Medical and sanitary report of the native army of Madras for the year
Year: 1872
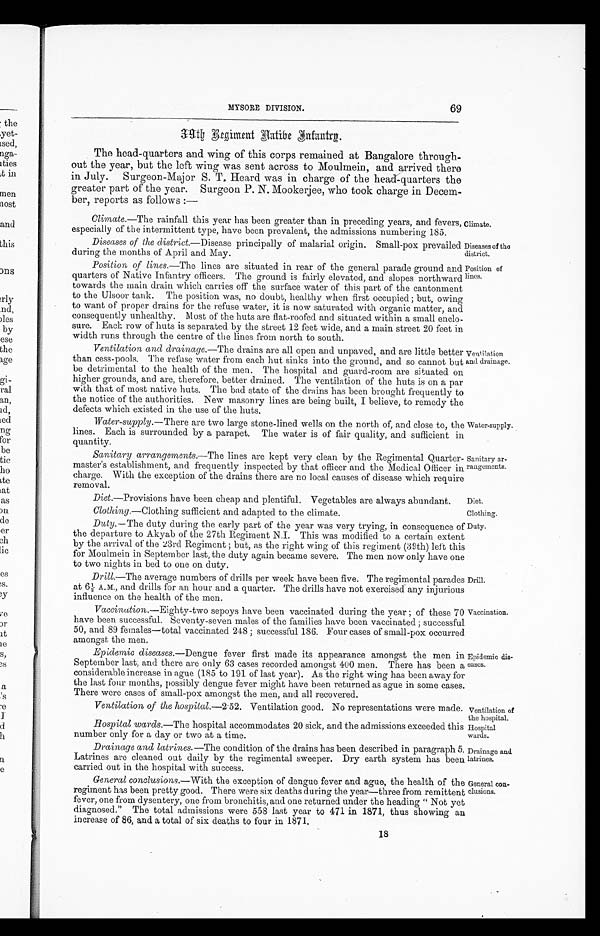
69
MYSORE DIVISION.
39th Regiment Native Infantrys.
The head-quarters and wing of this corps remained at Bangalore through--
out the year, but the left wing was sent across to Moulmein, and arrived there
in July. Surgeon-Major S. T. Heard was in charge of the head-quarters the
greater part of the year. Surgeon P. N. Mookerjee, who took charge in Decem--
ber, reports as follows :—
Climate .—The rainfall this year has been greater than in preceding years, and fevers,
especially of the intermittent type, have been prevalent, the admissions numbering 185.
Diseases of the district .—Disease principally of malarial origin. Small-pox prevailed
during the months of April and May.
Climate.
Diseases of the
district.
Position of lines .—The lines are situated in rear of the general parade ground and
quarters of Native Infantry officers. The ground is fairly elevated, and slopes northward
towards the main drain which carries off the surface water of this part of the cantonment
to the Ulsoor tank. The position was, no doubt, healthy when first occupied ; but, owing
to want of proper drains for the refuse water, it is now saturated with organic matter, and
consequently unhealthy. Most of the huts are flat-roofed and situated within a small enclo
-sure. Each row of huts is separated by the street 12 feet wide, and a main street 20 feet in
width runs through the centre of the lines from north to south.
Ventilation and drainage .—The drains are all open and unpaved, and are little better
than cess-pools. The refuse water from each hut sinks into the ground, and so cannot but
be detrimental to the health of the men. The hospital and guard-room are situated on
higher grounds, and are, therefore, better drained. The ventilation of the huts is on a par
with that of most native huts. The bad state of the drains has been brought frequently to
the notice of the authorities. New masonry lines are being built, I believe, to remedy the
defects which existed in the use of the huts.
Position of
lines.
Ventilation
and drainage.
Water-supply .—There are two large stone-lined wells on the north of, and close to, the
lines. Each is surrounded by a parapet. The water is of fair quality, and sufficient in
quantity.
Sanitary arrangements .—The lines are kept very clean by the Regimental Quarter-
master's establishment, and frequently inspected by that officer and t ħ e Medical Officer
in charge. With the exception. of the drains there are no local causes of disease which require
removal.
Diet.— Provisions have been cheap and plentiful. Vegetables are always abundant.
Water-supply.
Sanitary ar
-rangements.
Diet.
Clothing .—Clothing sufficient and adapted to the climate.
Clothing.
Duty .— The duty during the early part of the year was very trying, in consequence of
the departure to Akyab of the 27th Regiment N.I. This was modified to a certain extent
by the arrival of the 23rd Regiment ; but, as the right wing of this regiment (39th) left this
for Moulmein in September last, the duty again became severe. The men now only have one
to two nights in bed to one on duty.
Drill .—The average numbers of drills per week have been five. The regimental parades
at 6½ A.M., and drills for an hour and a quarter. The drills have not exercised any injurious
influence on the health of the men.
Vaccination .—Eighty-two sepoys have been vaccinated during the year ; of these 70
have been successful. Seventy-seven males of the families have been vaccinated ; successful
50, and 89 females—total vaccinated 248 ; successful 186. Four cases of small-pox occurred
amongst, the men.
Epidemic diseases .—Dengue fever first made its appearance amongst the men in
September last, and there are only 63 cases recorded amongst 400 men. There has been a
considerable increase in ague (185 to 191 of last year). As the right wing has been away for
the last four months, possibly dengue fever might have been returned as ague in some cases.
There were cases of small-pox amongst the men, and all recovered.
Ventilation of the hospital .-2.52. Ventilation good. No representations were made.
Hospital wards .—The hospital accommodates 20 sick, and the admissions exceeded this
number only for a day or two at a time.
Drainage and latrines .—The condition of the drains has been described in paragraph 5.
Latrines are cleaned out daily by the regimental sweeper. Dry earth system has been
carried out in the hospital with success.
Duty.
Drill.
Vaccination.
Epidemic dis-
eases.
Ventilation of
the hospital.
Hospital
wards.
Drainage and
latrines.
General conclusions
.—With the exception of dengue fever and ague, the health of the
regiment has been pretty good. There were six deaths during the year—three from remittent
fever, one from dysentery, one from bronchitis, and one returned under the heading " Not yet
diagnosed." The total admissions were 558 last year to 471 in 1871, thus showing an
i ncrease of 86, and a t ot al of si x deat hs t o four i n 1871.
General con
-clusions.
18